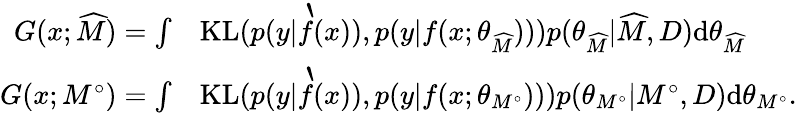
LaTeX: \begin{array}{rl}{G(x;\widehat{M})=\int}&{\textup{KL}(p(y|\grave{f}(x)),p(y|f(x;\theta_{\widehat{M}})))p(\theta_{\widehat{M}}|\widehat{M},D)\textup{d}\theta_{\widehat{M}}}\\ {G(x;M^{\circ})=\int}&{\textup{KL}(p(y|\grave{f}(x)),p(y|f(x;\theta_{M^{\circ}})))p(\theta_{M^{\circ}}|M^{\circ},D)\textup{d}\theta_{M^{\circ}}.}\end{array}